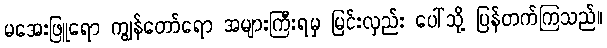
မအေးဖြူရော ကျွန်တော်ရော အများကြီးရမှ မြင်းလှည်း ပေါ်သို့ ပြန်တက်ကြသည်။